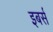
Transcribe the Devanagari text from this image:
इबर्स